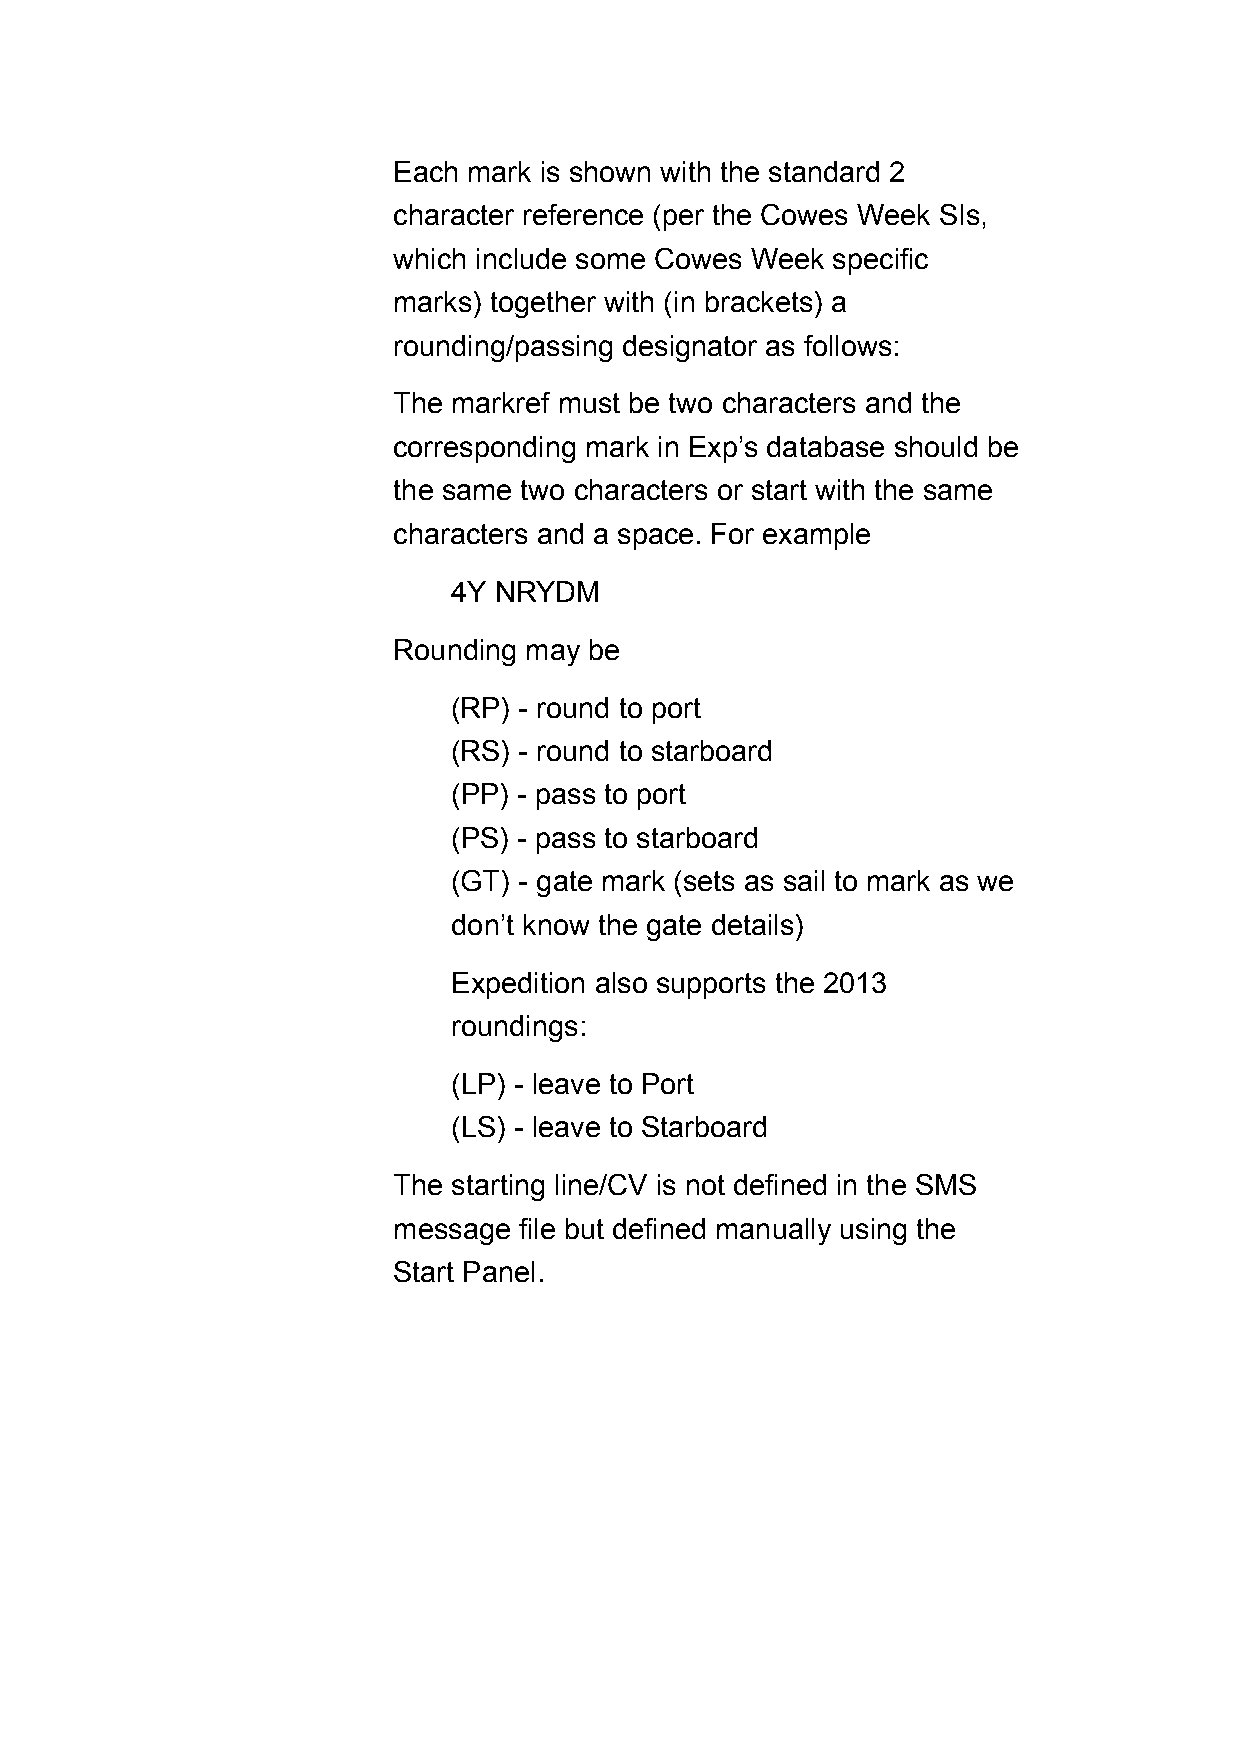
Each mark is shown with the standard 2
 character reference (per the Cowes Week SIs,
 which include some Cowes Week specific
 marks) together with (in brackets) a
 rounding/passing designator as follows:
 The markref must be two characters and the
 corresponding mark in Exp’s database should be
 the same two characters or start with the same
 characters and a space. For example
 4Y NRYDM
 Rounding may be
 (RP) - round to port
 (RS) - round to starboard
 (PP) - pass to port
 (PS) - pass to starboard
 (GT) - gate mark (sets as sail to mark as we
 don’t know the gate details)
 Expedition also supports the 2013
 roundings:
 (LP) - leave to Port
 (LS) - leave to Starboard
 The starting line/CV is not defined in the SMS
 message file but defined manually using the
 Start Panel.